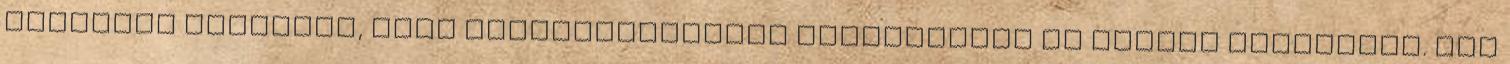
iskolába kerültem, ahol képzőművészetet tanulhattam és idegen nyelveket. Itt